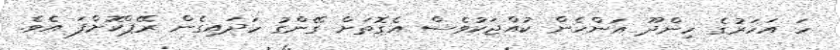
ހަ އަހަރުގެ ހިންދޫ އަންހެން ކުއްޖަކުވެސް އެގޮތަށް ގޭންގު ހަދައިގެން ރޭޕްކޮށްފަ އެވެ.